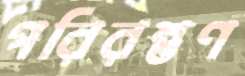
পরিরম্ভণ